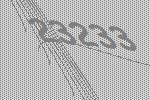
23233